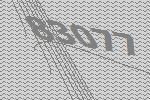
83077